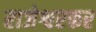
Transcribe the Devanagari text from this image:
राजेश्वरकर